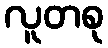
လူတစု